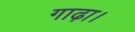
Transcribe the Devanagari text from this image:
गाढ़ा।